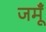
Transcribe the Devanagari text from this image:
जमूँ